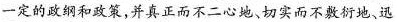
一定的政纲和政策，并真正而不二心地、切实而不敷衍地、迅